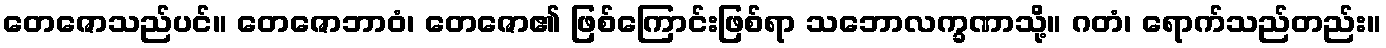
တေဇောသည်ပင်။ တေဇောဘာဝံ၊ တေဇော၏ ဖြစ်ကြောင်းဖြစ်ရာ သဘောလက္ခဏာသို့။ ဂတံ၊ ရောက်သည်တည်း။